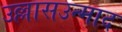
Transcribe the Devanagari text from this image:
उल्लासउन्माद